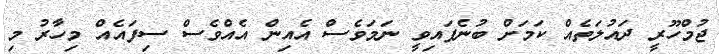
ޖުމްހޫރީ ދައުލަތެއް ކަމަށް ބުނެފައިވީ ނަމަވެސް އެއިން އެއްވެސް ސިފައެއް މިހާރު މި